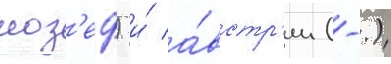
иоз'еф) и́ а́встр'ии (-.)